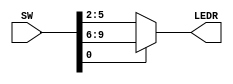
module standard_mux
				(
					// Inputs
					SW,
					// Outputs
					LEDR,
				);

	// Port definitions
	
	input [9:0] SW;
	
	output [3:0] LEDR;
	
	//------------------------- Design implementation -----------
	
	assign LEDR = SW[0] ? SW[9:6] : SW[5:2];
	
endmodule